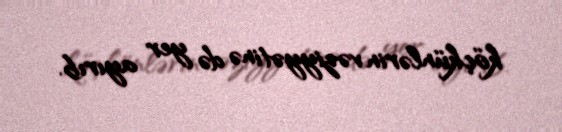
köçkünlərin vəziyyətinə də yer ayırıb.